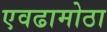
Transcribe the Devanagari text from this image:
एवढामोठा